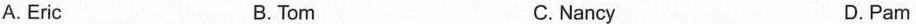
A.Eric B.Tom C.Nancy D.Pam